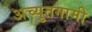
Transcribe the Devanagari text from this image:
अच्युतगामी